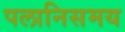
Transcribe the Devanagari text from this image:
पलानिसमय